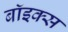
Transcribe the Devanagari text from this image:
बाॅइक्स